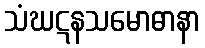
သံဃဋနသမောဓာနာ